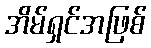
အိမ်ရှင်အဖြစ်